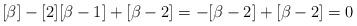
LaTeX: \begin{align*} [\beta]-[2][\beta-1]+[\beta-2]=-[\beta-2]+[\beta-2]=0\end{align*}